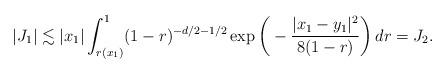
LaTeX: \begin{align*}|J_1|\lesssim |x_1|\int_{r(x_1)}^1(1-r)^{-d/2-1/2}\exp\bigg(-\frac{|x_1-y_1|^2}{8(1-r)}\bigg)\,dr=J_2.\end{align*}